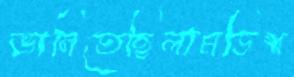
ভানিতেছিলামডিশ